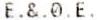
E.&.0.E.